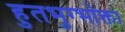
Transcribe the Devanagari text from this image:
हुतभुग्भोक्ता